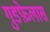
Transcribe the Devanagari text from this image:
गुडफ़ेलास